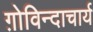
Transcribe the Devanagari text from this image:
ग़ोविन्दाचार्य